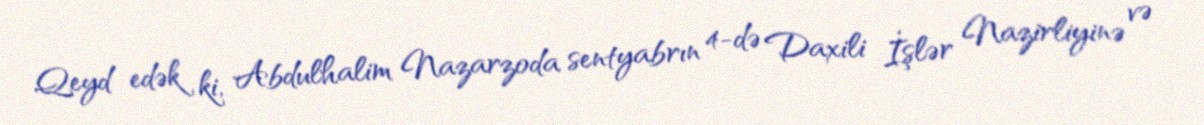
Qeyd edək ki, Abdulhalim Nazarzoda sentyabrın 4-də Daxili İşlər Nazirliyinə və